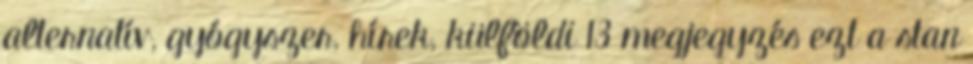
alternatív, gyógyszer, hírek, külföldi 13 megjegyzés ezt a stan